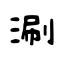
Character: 涮